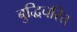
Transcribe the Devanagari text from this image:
बुद्धिचरित